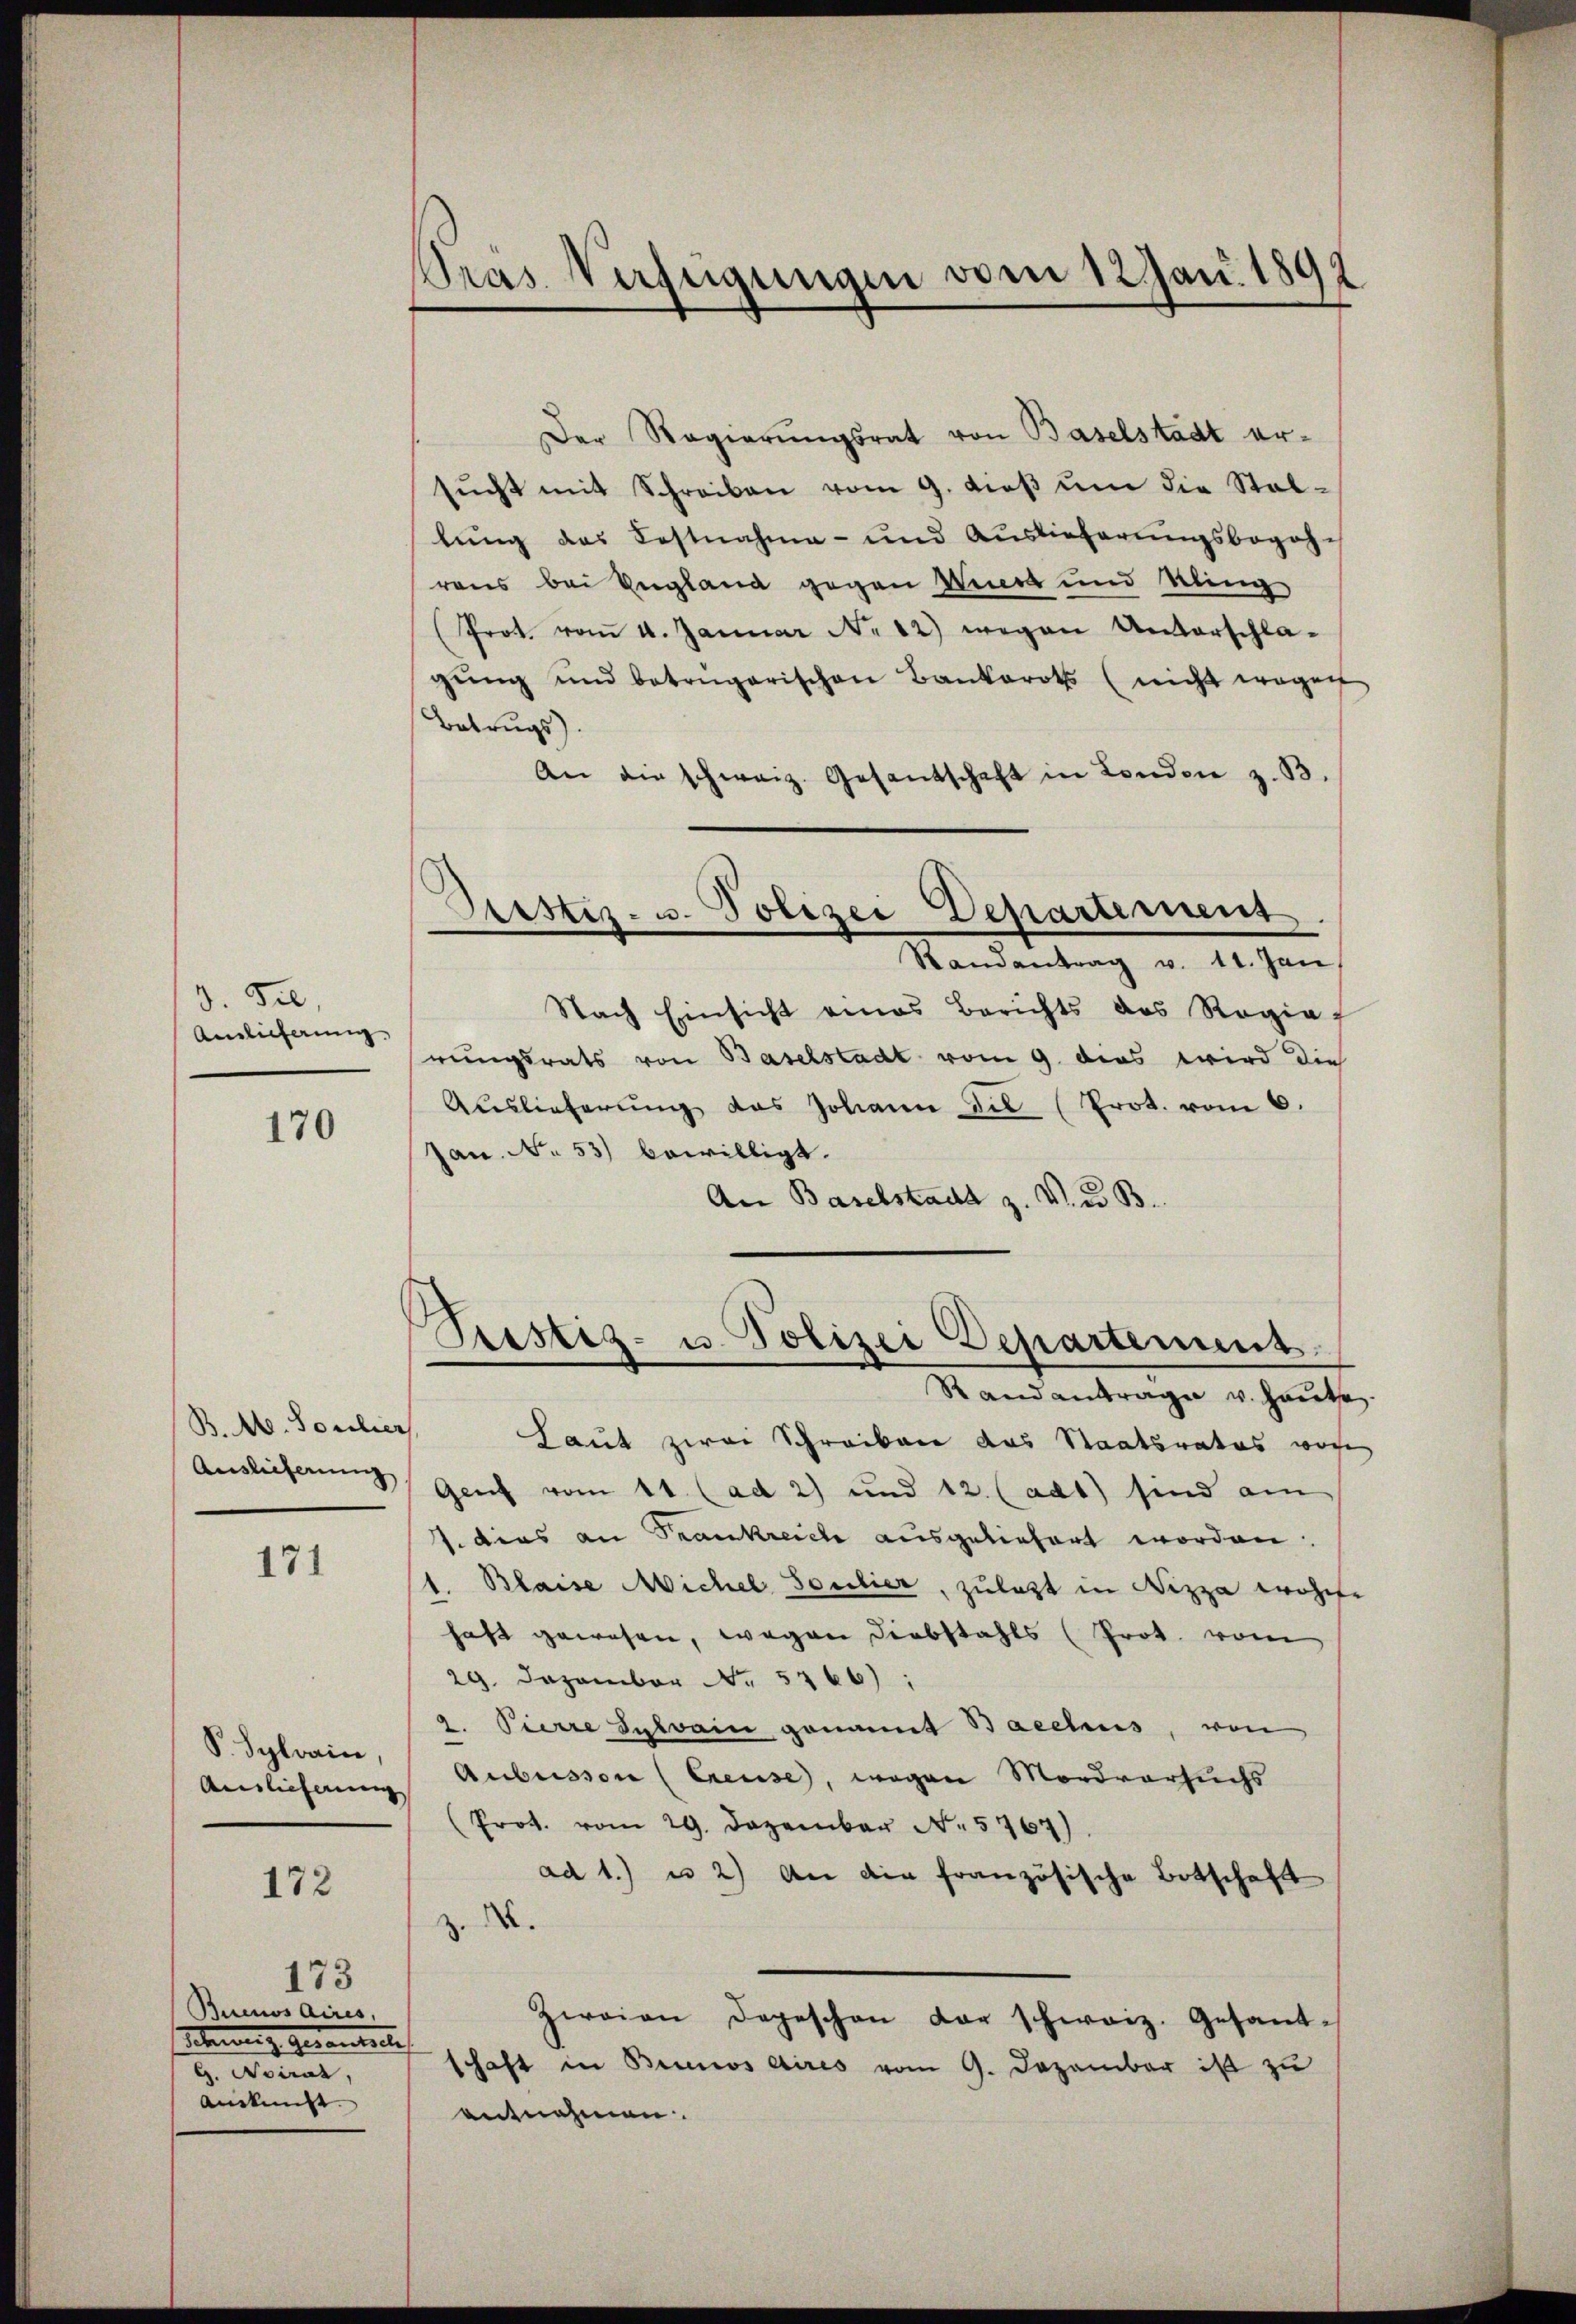
d. 520.
Ainlicherung,

170

B. Ab. Soulier
Auslieferung

171

S. Sylrain,
Auslieferung

172

173
Buenos Aires,
Steig geranterth
v. morial,
Auskunft.

Gras Verfügungen vom 12 Jan. 1892

Der Regierungsrat von Baselstadt er-
sŭcht mit Schreiben vom 9. dieβ ŭm die Stallung das Festnahme- und Auslieferungsbogoh-
raus bei England gegen Wundt und Kling
Prot. vom 4. Januar N. 12) wegen Unterschla-
gŭng und betrngarischen Bankoroths (nicht wegen
Betrugs.
An die schweiz. Gesantschaft in London z. B.
Astiz- u. Polizei Departement.
—
Randantrag v. 11. Jan
Nach Einsicht eines Berichts des Regia
rungsrats von Baselstadt vom 9. dies wird die
Aŭslieferŭng des Johann die (Prot. vom 6.
Jan. No 53) bewilligt.
An Baselstadt z. V. B.

Vestiz- u. Polizei Departement.

Randantrage u. haute
Laut zwei Schreiben das Staatsrates wege
Genf vom 11. (ad 2) und 12. (adt) sind am
7. dies an Frankreiche ausgeliefert worden.
1. Blaise Michel Soulier, zulast in Nizza wohlfe
haft gewesen, wegen Diebstahls (Prot. vom
29. Dezember No. 5766);
2. Pierre Sywain genannt Bacelius, von
Aubuisson (Creuse, wegen Mordversuchs
(Prot. vom 29. Dezember N. 5767).
ad 1. u 2) An die französische Botschaft
A.
Zwaian Depeschen der schweiz. Gesandschaft in Brinos Aires vom 9. Dezember ist zu
entnehmen.